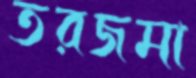
তরজমা